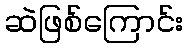
ဆဲဖြစ်ကြောင်း